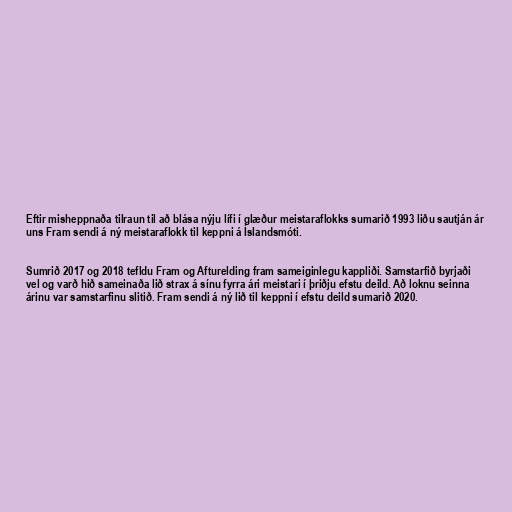
Eftir misheppnaða tilraun til að blása nýju lífi í glæður meistaraflokks sumarið 1993 liðu sautján ár
uns Fram sendi á ný meistaraflokk til keppni á Íslandsmóti.

Sumrið 2017 og 2018 tefldu Fram og Afturelding fram sameiginlegu kappliði. Samstarfið byrjaði
vel og varð hið sameinaða lið strax á sínu fyrra ári meistari í þriðju efstu deild. Að loknu seinna
árinu var samstarfinu slitið. Fram sendi á ný lið til keppni í efstu deild sumarið 2020.